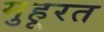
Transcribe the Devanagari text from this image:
मुहूरत